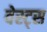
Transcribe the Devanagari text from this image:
वेस्ट्स